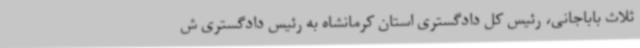
ثلاث باباجانی، رئیس کل دادگستری استان کرمانشاه به رئیس دادگستری ش